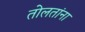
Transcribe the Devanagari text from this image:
तोलतांना